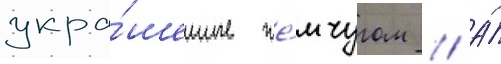
укра́шенные же́мчугом // А́